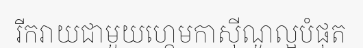
រីករាយជាមួយហ្គេមកាស៊ីណូល្អបំផុត